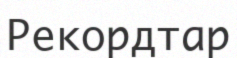
Рекордтар